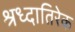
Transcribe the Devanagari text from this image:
श्रध्दातिरेक